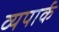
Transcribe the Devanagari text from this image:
व्यपार्क